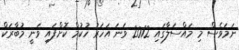
ނަމަވެސް މި މައްސަލާގައި 2012 ވަނަ އަހަރު ހުކުމް ކޮށްފައި ވަނީ މުބާރަކް